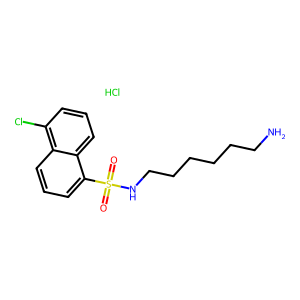
SMILES: Cl.NCCCCCCNS(=O)(=O)c1cccc2c(Cl)cccc12
Inhibits HIV replication: No